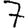
Digit: 7